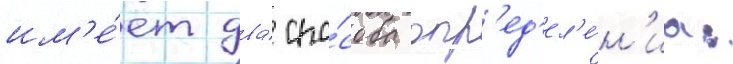
им'е́ет два́ спо́соба опр'ед'ел'е́н'иа: